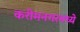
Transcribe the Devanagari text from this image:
करीमनगरमध्ये